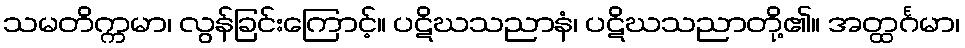
သမတိက္ကမာ၊ လွန်ခြင်းကြောင့်။ ပဋိဃသညာနံ၊ ပဋိဃသညာတို့၏။ အတ္ထင်္ဂမာ၊